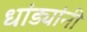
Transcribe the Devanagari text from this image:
धांड्यांनी